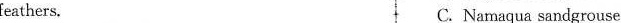
feathers. C. Namaqua sandgrouse